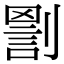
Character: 𠟑